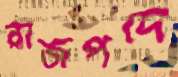
রাজপদে